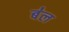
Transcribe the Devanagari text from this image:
ब॑ल